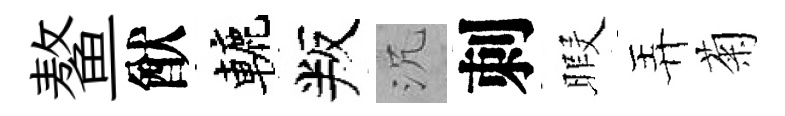
鳌猷轆叛沉刺暇弄菊